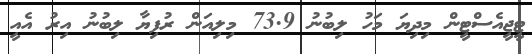
ޓީޖީއެސްޓީން މިދިޔަ މަހު ލިބުނު 73.9 މިލިއަން ރުފިޔާ ލިބުނު އިރު އެއީ